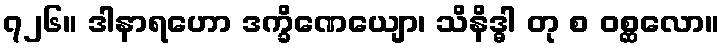
၇၂၆။ ဒါနာရဟော ဒက္ခိဏေယျော၊ သိနိဒ္ဓါ တု စ ဝစ္ဆလော။